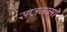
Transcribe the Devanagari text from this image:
सप्तजन्मी